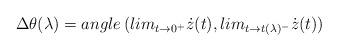
LaTeX: \begin{align*}\Delta \theta (\lambda)= angle \, (lim_{t \rightarrow 0^+} \dot z (t) , lim_{t \rightarrow t(\lambda)^-} \dot z (t))\end{align*}